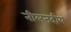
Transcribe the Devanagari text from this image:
नीलनदीय